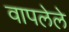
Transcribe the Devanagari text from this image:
वापलेले